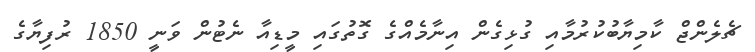
ޗެލެންޖް ކާމިޔާބުކުރުމާއި ގުޅިގެން އިނާމެއްގެ ގޮތުގައި މީޑިއާ ނެޓުން ވަނީ 1850 ރުފިޔާގެ